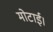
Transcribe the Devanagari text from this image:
मोटाई।